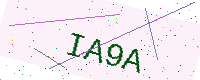
Text: IA9A